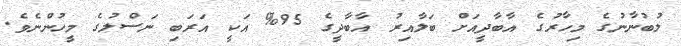
ލުބުނާނުގެ މިހާރުގެ އާބާދީއަށް ބަލާއިރު އާބާދީގެ 95% އަކީ އަރަބި ނަސްލުގެ މީހުންނެވެ.